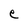
Character: e